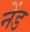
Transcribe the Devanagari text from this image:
नेंड